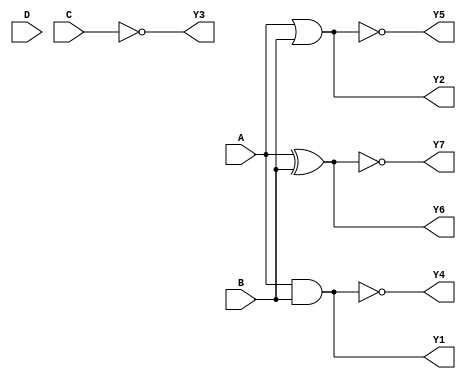
module combinational_logic_block (
    input wire A,       // Input A
    input wire B,       // Input B
    input wire C,       // Input C
    input wire D,       // Input D
    output wire Y1,     // Output for AND operation
    output wire Y2,     // Output for OR operation
    output wire Y3,     // Output for NOT operation
    output wire Y4,     // Output for NAND operation
    output wire Y5,     // Output for NOR operation
    output wire Y6,     // Output for XOR operation
    output wire Y7      // Output for XNOR operation
);

    // Internal wires for interconnections
    wire and_out, or_out, not_out, nand_out, nor_out, xor_out, xnor_out;

    // Logic gate implementations
    assign and_out = A & B;           // AND gate
    assign or_out = A | B;            // OR gate
    assign not_out = ~C;              // NOT gate
    assign nand_out = ~(A & B);       // NAND gate
    assign nor_out = ~(A | B);        // NOR gate
    assign xor_out = A ^ B;           // XOR gate
    assign xnor_out = ~(A ^ B);       // XNOR gate

    // Assign outputs
    assign Y1 = and_out;              // Output of AND gate
    assign Y2 = or_out;               // Output of OR gate
    assign Y3 = not_out;              // Output of NOT gate
    assign Y4 = nand_out;             // Output of NAND gate
    assign Y5 = nor_out;              // Output of NOR gate
    assign Y6 = xor_out;              // Output of XOR gate
    assign Y7 = xnor_out;             // Output of XNOR gate

endmodule